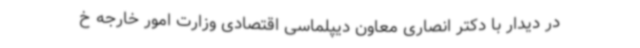
در دیدار با دکتر انصاری معاون دیپلماسی اقتصادی وزارت امور خارجه خ